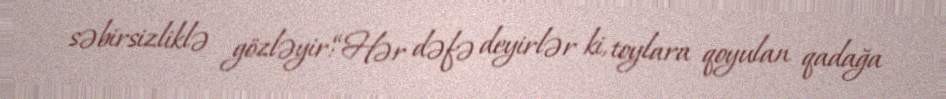
səbirsizliklə gözləyir:“Hər dəfə deyirlər ki, toylara qoyulan qadağa